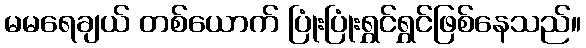
မမရေချယ် တစ်ယောက် ပြုံးပြုံးရွှင်ရွှင်ဖြစ်နေသည်။